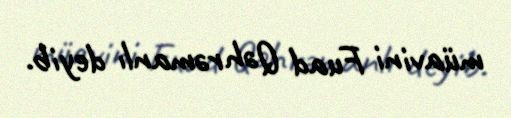
müavini Fuad Qəhrəmanlı deyib.